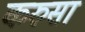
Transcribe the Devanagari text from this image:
करुसा